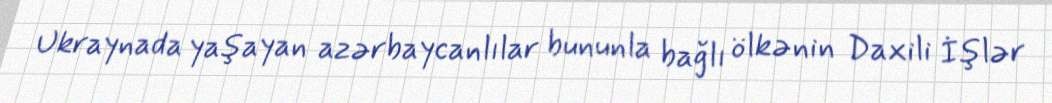
Ukraynada yaşayan azərbaycanlılar bununla bağlı ölkənin Daxili İşlər